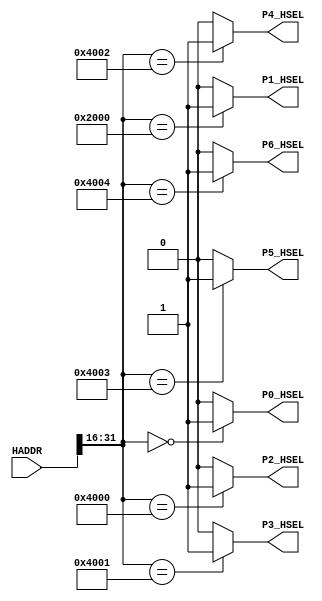
module AHBlite_Decoder
#(
    /*RAMCODE enable parameter*/
    parameter Port0_en = 1,
    /************************/

    /*RAMDATA enable parameter*/
    parameter Port1_en = 1,
    /************************/

    /*LED enable parameter*/
    parameter Port2_en = 1,
    /************************/

    /*UART enable parameter*/
    parameter Port3_en = 1,
    /************************/
	
	/*Matrix_Key enable parameter*/
    parameter Port4_en = 1,
    /************************/
	
	/*SEG enable parameter*/
    parameter Port5_en = 1,
    /************************/
	
	/*TIMER enable parameter*/
    parameter Port6_en = 1
    /************************/	
)(
    input [31:0] HADDR,

    /*RAMCODE OUTPUT SELECTION SIGNAL*/
    output wire P0_HSEL,

    /*RAMDATA OUTPUT SELECTION SIGNAL*/
    output wire P1_HSEL,

    /*LED OUTPUT SELECTION SIGNAL*/
    output wire P2_HSEL,

    /*UART OUTPUT SELECTION SIGNAL*/
    output wire P3_HSEL,

    /*Matrix_Key OUTPUT SELECTION SIGNAL*/
    output wire P4_HSEL,

    /*SEG OUTPUT SELECTION SIGNAL*/
    output wire P5_HSEL,	
	
    /*TIMER OUTPUT SELECTION SIGNAL*/
    output wire P6_HSEL 
	
);

//RAMCODE-----------------------------------

//0x00000000-0x00000400
/*Insert RAMCODE decoder code there*/
assign P0_HSEL = (HADDR[31:16] == 16'h0000) ? Port0_en : 1'b0; 
/***********************************/

//RAMDATA-----------------------------

//0X20000000-0X20000400
/*Insert RAMDATA decoder code there*/
assign P1_HSEL = (HADDR[31:16] == 16'h2000) ? Port1_en : 1'b0; 
/***********************************/

//PERIPHRAL-----------------------------

//0X40000000 LED
/*Insert LED decoder code there*/
assign P2_HSEL = (HADDR[31:16] == 16'h4000) ? Port2_en : 1'b0; 
/***********************************/

//0X40010000 UART RX DATA
//0X40010004 UART TX STATE
//0X40010008 UART TX DATA
/*Insert UART decoder code there*/
assign P3_HSEL = (HADDR[31:16] == 16'h4001) ? Port3_en : 1'b0;
/***********************************/

//0x40020000 Row
//0x40020004 Col
/*Insert Matrix_Key decoder code there*/
assign P4_HSEL = (HADDR[31:16] == 16'h4002) ? Port4_en : 1'b0;
/***********************************/

//0x40030000 Data
/*Insert SEG decoder code there*/
assign P5_HSEL = (HADDR[31:16] == 16'h4003) ? Port5_en : 1'b0;
/***********************************/

//0X40040000 LOAD
//0X40040004 ENABLE
//0X40040008 VALUE
/*Insert TIMER decoder code there*/
assign P6_HSEL = (HADDR[31:16] == 16'h4004) ? Port6_en : 1'b0;
/***********************************/


endmodule